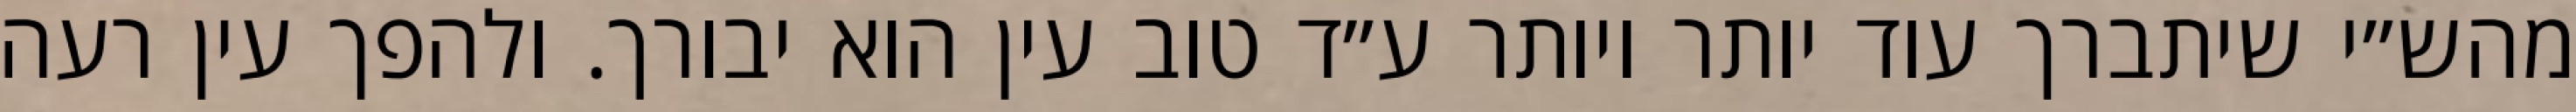
מהש״י שיתברך עוד יותר ויותר ע״ד טוב עין הוא יבורך. ולהפך עין רעה